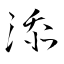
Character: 添